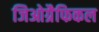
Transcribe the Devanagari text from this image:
जिओग्रैफिकल